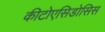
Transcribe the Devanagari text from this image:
कीटोएसिडोसिस